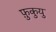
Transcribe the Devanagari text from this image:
फ़ुकुयु